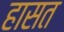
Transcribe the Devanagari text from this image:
हासत